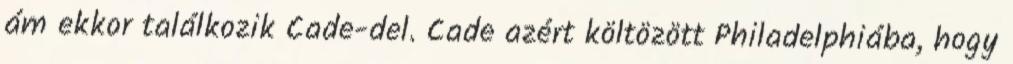
ám ekkor találkozik Cade-del. Cade azért költözött Philadelphiába, hogy